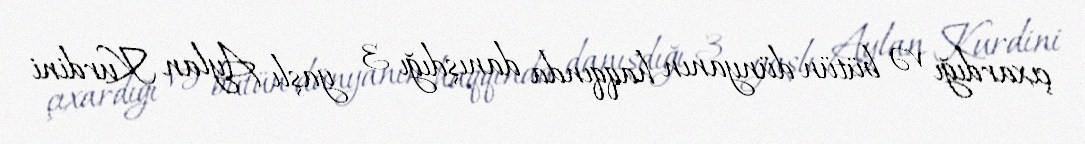
çıxardığı və bütün dünyanın haqqında danışdığı 3 yaşlı Aylan Kurdini